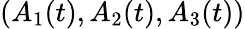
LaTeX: (A_{1}(t),A_{2}(t),A_{3}(t))